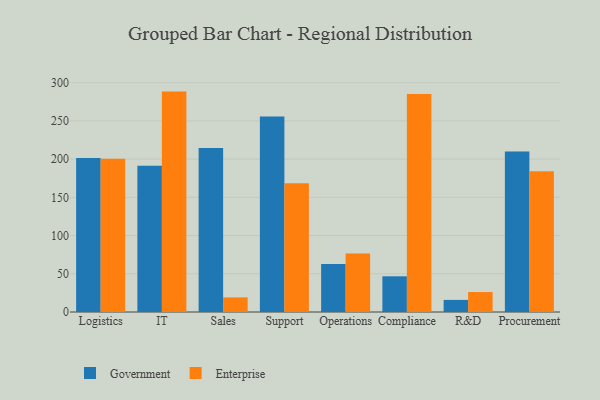
{"axis": {"x": "Department", "y": "Latency (ms)"}, "legend": ["Enterprise", "Government"], "data": [{"x": "Logistics", "y": 201.6, "type": "Government"}, {"x": "Logistics", "y": 200.6, "type": "Enterprise"}, {"x": "IT", "y": 191.3, "type": "Government"}, {"x": "IT", "y": 288.3, "type": "Enterprise"}, {"x": "Sales", "y": 214.5, "type": "Government"}, {"x": "Sales", "y": 19.1, "type": "Enterprise"}, {"x": "Support", "y": 255.6, "type": "Government"}, {"x": "Support", "y": 168.4, "type": "Enterprise"}, {"x": "Operations", "y": 62.9, "type": "Government"}, {"x": "Operations", "y": 76.6, "type": "Enterprise"}, {"x": "Compliance", "y": 46.7, "type": "Government"}, {"x": "Compliance", "y": 285.1, "type": "Enterprise"}, {"x": "R&D", "y": 15.8, "type": "Government"}, {"x": "R&D", "y": 26.1, "type": "Enterprise"}, {"x": "Procurement", "y": 209.9, "type": "Government"}, {"x": "Procurement", "y": 184.0, "type": "Enterprise"}]}